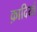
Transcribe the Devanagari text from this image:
क़ादियां